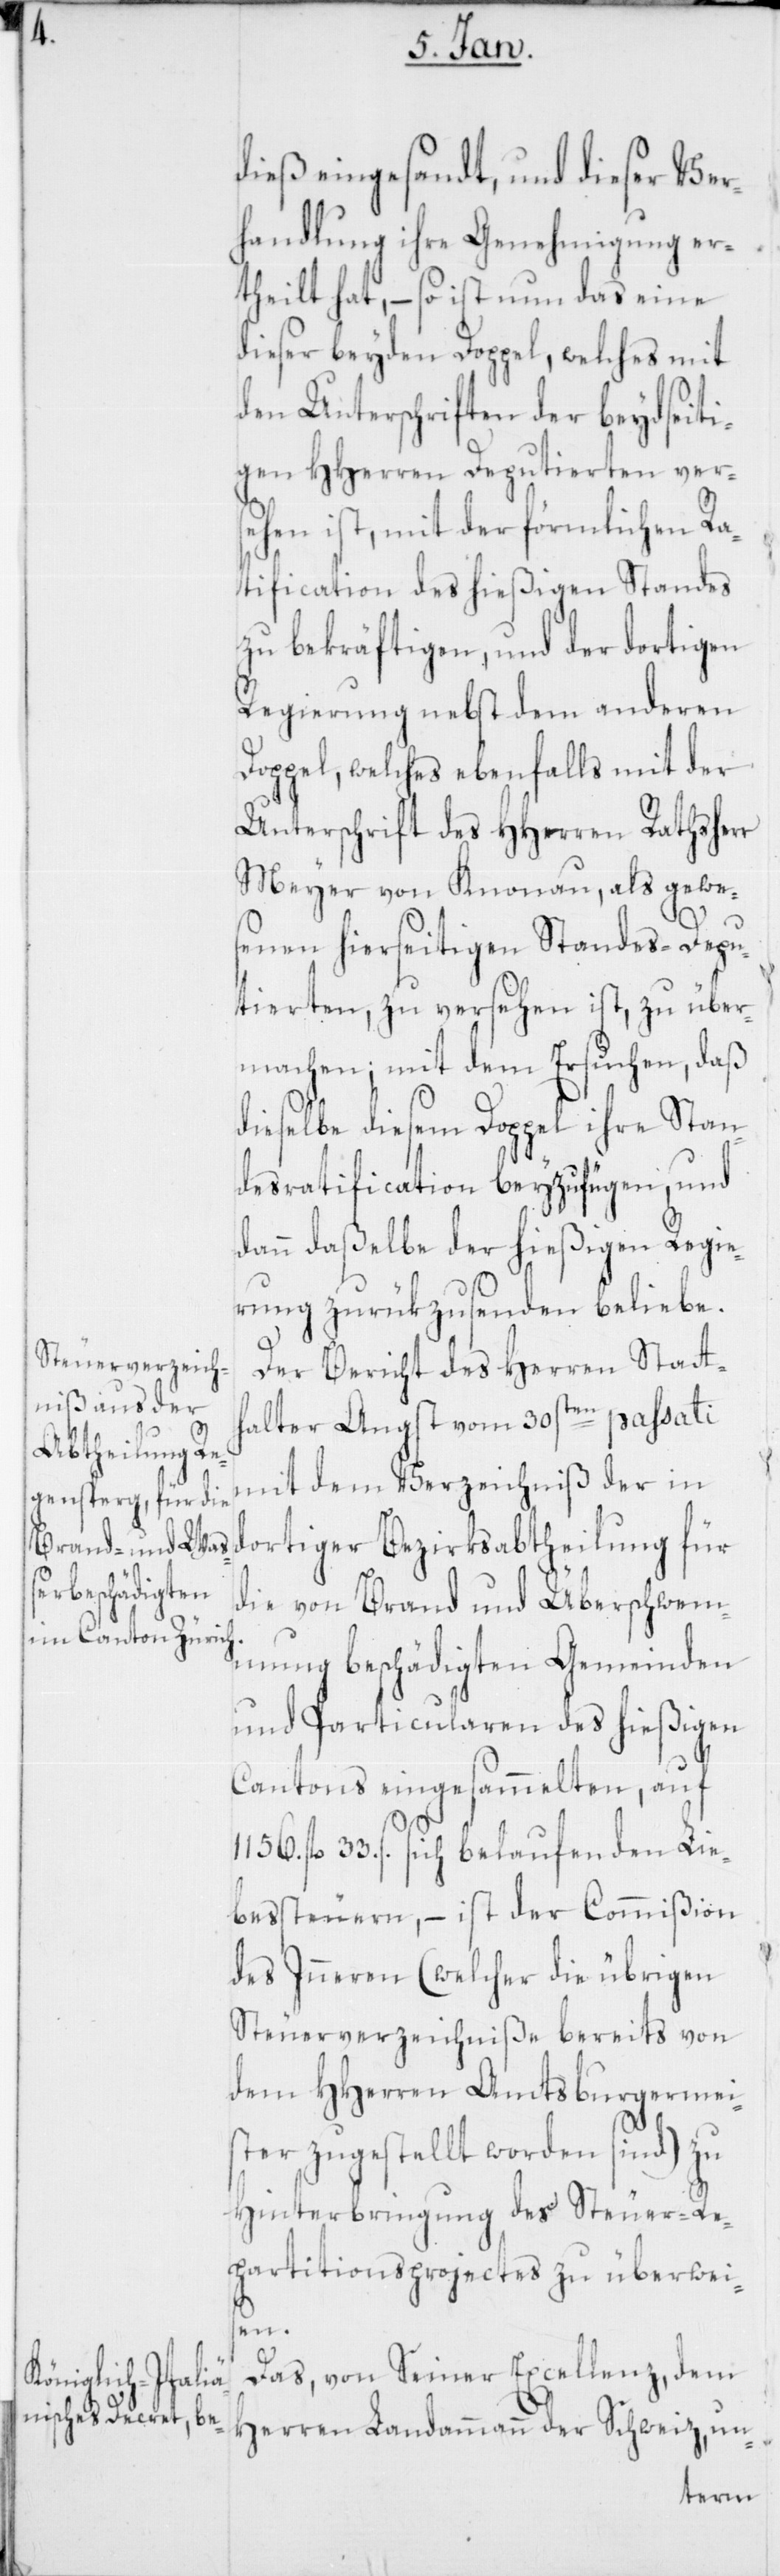
dieß eingesandt, und dieser Ver¬
handlung ihre Genehmigung er¬
theilt hat, – so ist nun das eine
dieser beyden Doppel, welches mit
den Unterschriften der beydseiti¬
gen HHerren Deputierten ver¬
sehen ist, mit der förmlichen Ra¬
tification des hießigen Standes
zu bekräftigen, und der dortigen
Regierung nebst dem anderen
Doppel, welches ebenfalls mit der
Unterschrift des HHerren Rathsherr
Meyer von Knonau, als gewe¬
senen hierseitigen Standes-Depu¬
tierten, zu versehen ist, zu über¬
machen; mit dem Ersuchen, daß
dieselbe diesem Doppel ihre Stan¬
desratification beyzufügen, und
dann daßelbe der hießigen Regie¬
rung zurükzusenden beliebe.
Der Bericht des Herren Statt¬
halter Angst vom 30sten passati
mit dem Verzeichniß der in
dortiger Bezirksabtheilung für
die von Brand und Überschwem¬
mung beschädigten Gemeinden
und Particularen des hießigen
Cantons eingesammelten, auf
1156 fl. 33. s. sich belaufenden Lie¬
bessteuern, – ist der Commißion
des Inneren (welcher die übrigen
Steuerverzeichniße bereits von
dem HHerren Amtsburgermei¬
ster zugestellt worden sind) zu
Hinterbringung des Steuer-Re¬
partitionsprojectes zu überweis¬
en.
Das, von Seiner Excellenz, dem
Herren Landammann der Schweiz un-